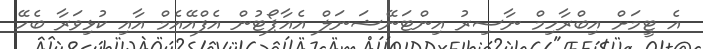
އެ ޓީމަށް އިބްރާހިމް ނާސިރު އިންޓަނޭޝަނަލް އެއާޕޯޓުން އެފްއޭއެމް އާއި ކުޅިވަރާ ބެހޭ